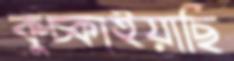
কুঁচ্‌কাইয়াছি